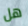
هل